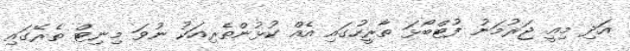
އަދި މިއީ ޖަރުމަނު ފުޓްބޯޅަ ތާރީހުގައި އެއް ކުޅުންތެރިއަކު ނުވަ މިނިޓް ތެރޭގައި